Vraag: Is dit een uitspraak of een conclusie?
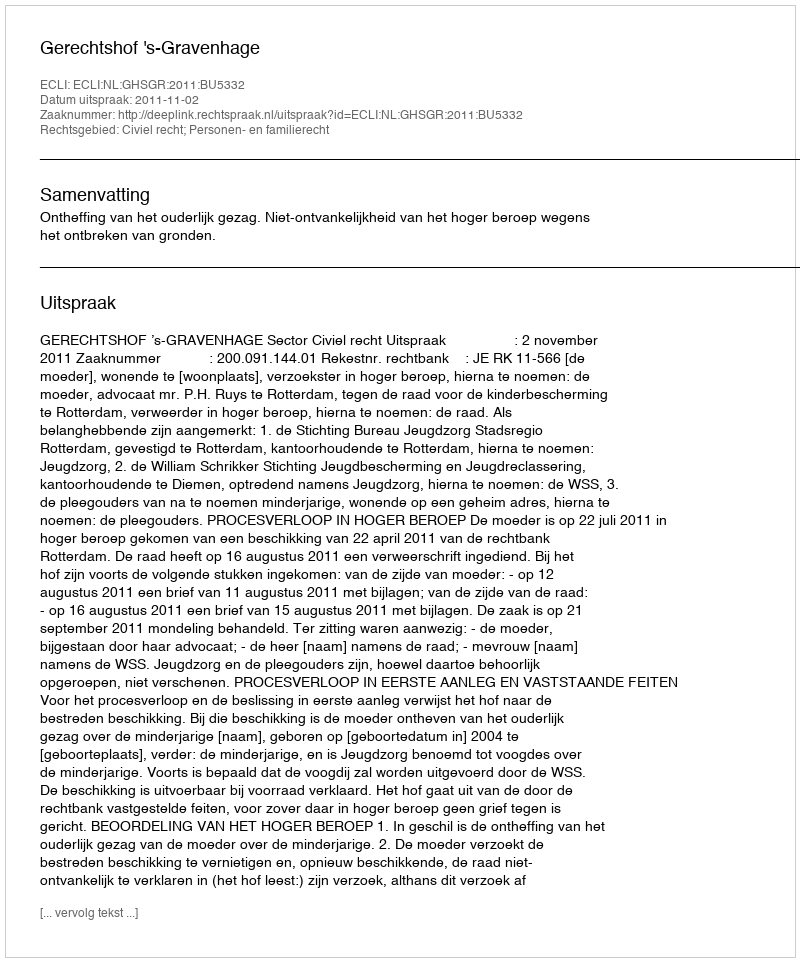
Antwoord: Uitspraak